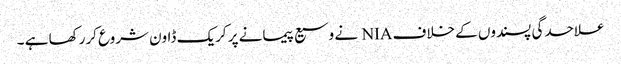
علاحدگی پسندوں کے خلاف NIA نے وسیع پیمانے پر کریک ڈاون شروع کررکھا ہے ۔